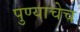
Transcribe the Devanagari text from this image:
पुण्याचेच